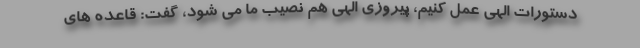
دستورات الهی عمل کنیم، پیروزی الهی هم نصیب ما می شود، گفت: قاعده های